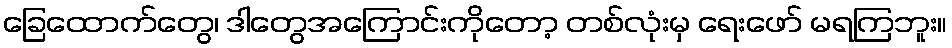
ခြေထောက်တွေ၊ ဒါတွေအကြောင်းကိုတော့ တစ်လုံးမှ ရေးဖော် မရကြဘူး။